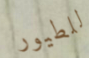
للطيور